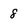
Character: 8